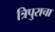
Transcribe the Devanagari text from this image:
त्रिपुराचा